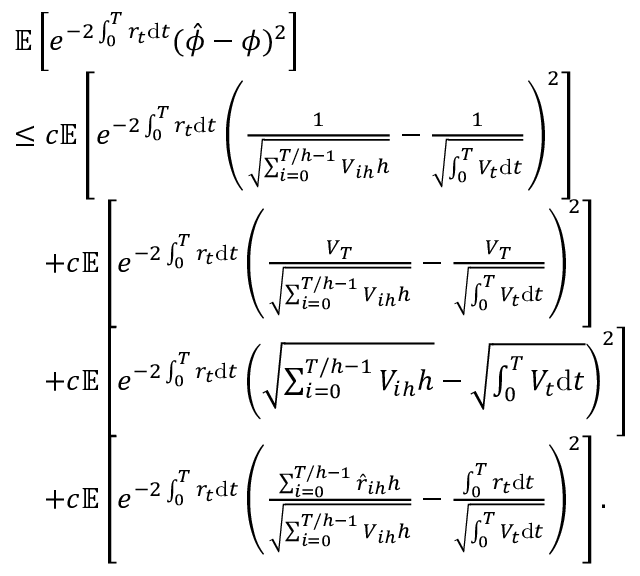
\begin{array} { r l } & { \mathbb { E } \left[ e ^ { - 2 \int _ { 0 } ^ { T } r _ { t } \mathrm { d } t } ( \hat { \phi } - \phi ) ^ { 2 } \right] } \\ & { \leq c \mathbb { E } \left[ e ^ { - 2 \int _ { 0 } ^ { T } r _ { t } \mathrm { d } t } \left( \frac { 1 } { \sqrt { \sum _ { i = 0 } ^ { T / h - 1 } V _ { i h } h } } - \frac { 1 } { \sqrt { \int _ { 0 } ^ { T } V _ { t } \mathrm { d } t } } \right) ^ { 2 } \right] } \\ & { \quad + c \mathbb { E } \left[ e ^ { - 2 \int _ { 0 } ^ { T } r _ { t } \mathrm { d } t } \left( \frac { V _ { T } } { \sqrt { \sum _ { i = 0 } ^ { T / h - 1 } V _ { i h } h } } - \frac { V _ { T } } { \sqrt { \int _ { 0 } ^ { T } V _ { t } \mathrm { d } t } } \right) ^ { 2 } \right] } \\ & { \quad + c \mathbb { E } \left[ e ^ { - 2 \int _ { 0 } ^ { T } r _ { t } \mathrm { d } t } \left( \sqrt { \sum _ { i = 0 } ^ { T / h - 1 } V _ { i h } h } - \sqrt { \int _ { 0 } ^ { T } V _ { t } \mathrm { d } t } \right) ^ { 2 } \right] } \\ & { \quad + c \mathbb { E } \left[ e ^ { - 2 \int _ { 0 } ^ { T } r _ { t } \mathrm { d } t } \left( \frac { \sum _ { i = 0 } ^ { T / h - 1 } \hat { r } _ { i h } h } { \sqrt { \sum _ { i = 0 } ^ { T / h - 1 } V _ { i h } h } } - \frac { \int _ { 0 } ^ { T } r _ { t } \mathrm { d } t } { \sqrt { \int _ { 0 } ^ { T } V _ { t } \mathrm { d } t } } \right) ^ { 2 } \right] . } \end{array}